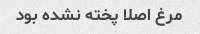
مرغ اصلا پخته نشده بود